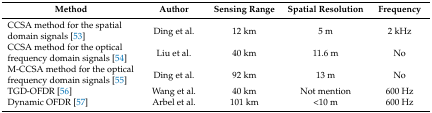
| Method | Author | Sensing Range | Spatial Resolution | Frequency |
 | --- | --- | --- | --- | --- |
 | CCSA method for the spatial domain signals [53] | Ding et al. | 12 km | 5 m | 2 kHz |
 | CCSA method for the optical frequency domain signals [54] | Liu et al. | 40 km | 11.6 m | No |
 | M-CCSA method for the optical frequency domain signals [55] | Ding et al. | 92 km | 13 m | No |
 | TGD-OFDR [56] | Wang et al. | 40 km | Not mention | 600 Hz |
 | Dynamic OFDR [57] | Arbel et al. | 101 km | <10 m | 600 Hz |